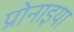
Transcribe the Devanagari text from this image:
प्रोनाइया